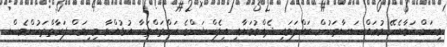
މިކަން ކަމާބެހޭ މުޢައްސަސާތަކުން ބައްލަވައި ދެއްވުމަށާއި އިލެކްޝަންގެ ކަންތައްތަކާ އުޅުއްވާ މިނިވަން ފަރާތްތަކުންވެސް